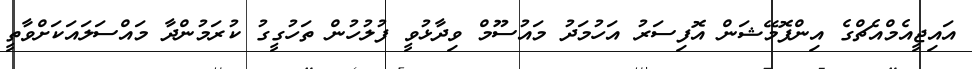
އައިޖީއެމްއެޗްގެ އިންފޮމޭޝަން އޮފިސަރު އަހުމަދު މައުސޫމް ވިދާޅުވީ ފުލުހުން ތަހުގީގު ކުރަމުންދާ މައްސަލައަކަށްވާތީ